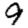
Digit: 9